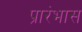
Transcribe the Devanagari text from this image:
प्रारंभास